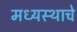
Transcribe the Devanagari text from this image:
मध्यस्थाचे